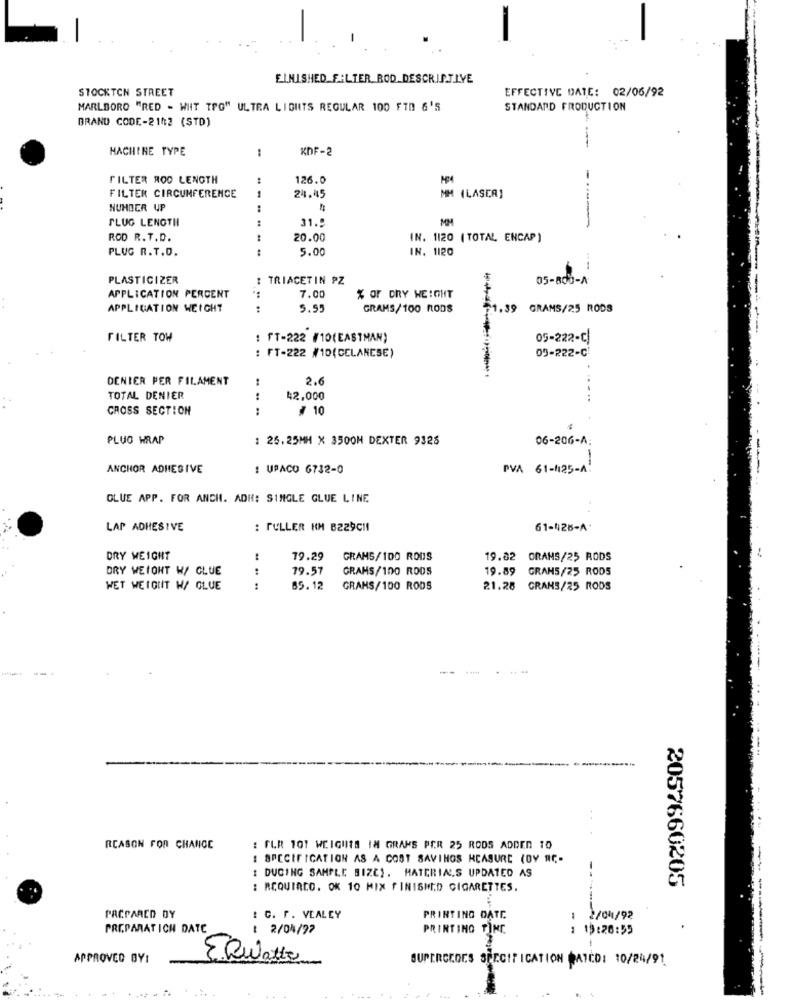
FINISHED_ FILTER_ ROD DESCRIPT.I.VE
STOCKTON STREET
EFFECTIVE DATE: 02/06/92
MARLBORO "RED - WHIT TPO" ULTRA LIGHTS REGULAR 100 FTD 6'S
STANDARD PRODUCTION
BRAND CODE-2142 (STD)
MACHINE TYPE
:
KDF-2
FILTER ROO LENGTH
126.0
-
24.45
FILTER CIRCUMFERENCE
MM (LASER]
NUMBER UP
FLUG LENGTHI
:
31.
MM
ROD R. T.D.
20.00
IN. 1120 ( TOTAL ENCAP )
PLUG R. T.D.
5.00
IN. 1120
PLASTICIZER
TRIACETIN PZ
05-800-A
7.00
APPLICATION PERCENT
% OF DRY WEIGHT
APPLICATION WEIGHT
5.55
GRAMS/100 RODS
$1.39
GRAMS/25 RODS
FILTER TOW
: FT-222 #10(EASTMAN)
05-222-C
: FT-222 #10(CCLANCSE)
09-222-0
DENIER PER FILAMENT
2.6
TOTAL DENIER
42,000
CROSS SECTION
...
# 10
PLUO WRAP
: 25.25MM X 3500H DEXTER 9325
06-206-A:
ANCHOR ADHESIVE
: UPACO 6732-0
PVA 61-1125-A!
GLUE APP. FOR ANCH. ADH: SINGLE GLUE LINE
LAP ADHESIVE
: PULLER KM 8229CHI
61-428-A
DRY WEIGHT
79.29
GRAMS/100 ROUS
19.82 GRAMS/25 RODS
DRY WEIGHT W/ CLUE
19.57
GRAMS/100 RODS
19.89 GRAMS/25 RODS
.. ..
WET WEIGIIT H/ GLUE
85.12
GRANS/100 RODS
21.28 GRANS/25 RODS
REASON FOR CHANGE
: FLR 101 WCIGUITA IM GRAMS PER 25 RODS ADDED TO
: SPECIFICATION AS A COST SAVINGS MEASURE (DY NIC-
: DUCING SAMPLE BIZC). MATERIALS UPDATED AS
2057660205
: REQUIREO. OK 10 MIX FINISHED CIGARETTES.
PACPARED DY
: C. F. VEALEY
PRINTING DATE
2/041/92
-
PREPARAT ICH DATE
: 2/04/97
PRINTING TIME
: 13:20:55
APPROVED BYI
ERwatte
SUPERCROCS SPECIFICATION MAICD: 10/24/91